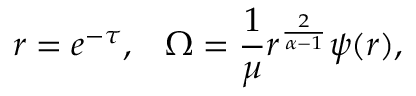
r = e ^ { - \tau } , \; \; \; \Omega = { \frac { 1 } { \mu } } r ^ { \frac { 2 } { \alpha - 1 } } \psi ( r ) ,